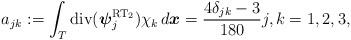
LaTeX: \begin{align*} a_{jk} := \int_{T} \mathrm{div}({\boldsymbol\psi}^{\mathrm{RT}_2}_{j}) \chi_k \, d{\boldsymbol x} = \frac{4\delta_{jk}-3}{180} j,k = 1,2,3, \end{align*}